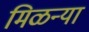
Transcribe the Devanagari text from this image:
मिळन्या